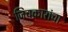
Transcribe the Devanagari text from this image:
जिचकारांचा